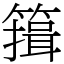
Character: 䉗